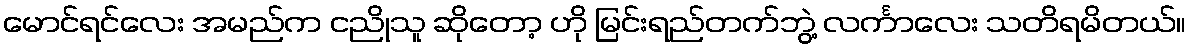
မောင်ရင်လေး အမည်က ငညိုသူ ဆိုတော့ ဟို မြင်းရည်တက်ဘွဲ့ လင်္ကာလေး သတိရမိတယ်။